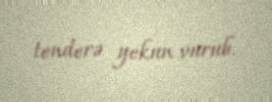
tenderə yekun vurub.